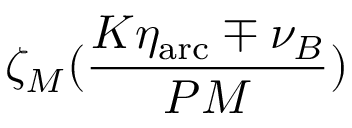
\zeta _ { M } ( \frac { K \eta _ { \mathrm { a r c } } \mp \nu _ { B } } { P M } )